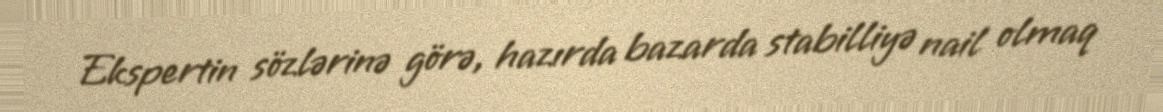
Ekspertin sözlərinə görə, hazırda bazarda stabilliyə nail olmaq